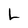
Character: L